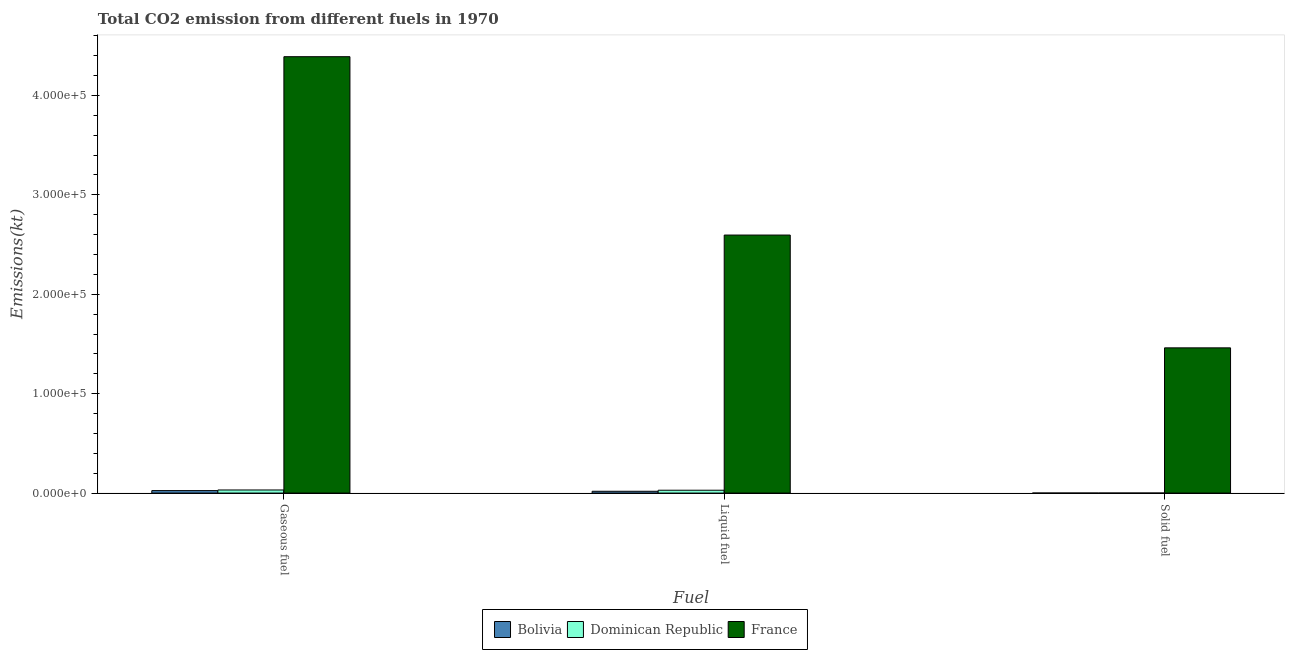
| Fuel | Bolivia | Dominican Republic | France |
 | --- | --- | --- | --- |
 | Gaseous fuel | 2.49e+03 | 3.11e+03 | 4.39e+05 |
 | Liquid fuel | 1.81e+03 | 2.86e+03 | 2.6e+05 |
 | Solid fuel | 3.67 | 3.67 | 1.46e+05 |